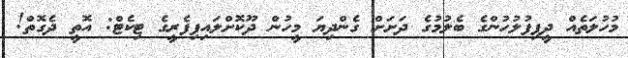
މުހުލަތެއް ދީފިފުލުހުންގެ ބެލުމުގެ ދަށަށް ގެންދިޔަ މީހުން ދޫކޮށްލައިފިފެރީގެ ޓިކެޓް: އޮތީ ދެގޮތް!